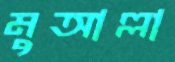
মুআল্লা